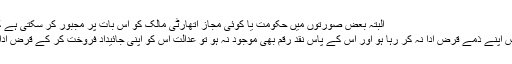
البتہ بعض صورتوں میں حکومت یا کوئی مجاز اتھارٹی مالک کو اس بات پر مجبور کر سکتی ہے کہ وہ اپنی چیز فروخت کرے :
پہلی صورت یہ ہے کہ مقروض اپنے ذمے قرض ادا نہ کر رہا ہو اور اس کے پاس نقد رقم بھی موجود نہ ہو تو عدالت اس کو اپنی جائیداد فروخت کر کے قرض ادا کرنے کا حکم دے سکتی ہے۔